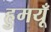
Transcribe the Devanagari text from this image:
हुमयूँ